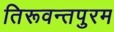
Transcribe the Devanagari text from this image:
तिरूवन्तपुरम